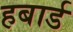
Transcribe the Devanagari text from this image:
हबार्ड